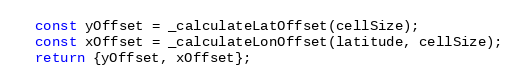
Language: JavaScript
  const yOffset = _calculateLatOffset(cellSize);
  const xOffset = _calculateLonOffset(latitude, cellSize);
  return {yOffset, xOffset};